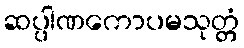
ဆပ္ပါဏကောပမသုတ္တံ